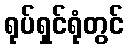
ရုပ်ရှင်ရုံတွင်